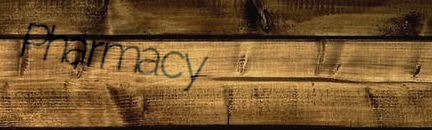
Pharmacy